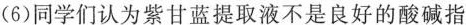
（6）同学们认为紫甘蓝提取液不是良好的酸碱指